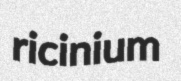
ricinium